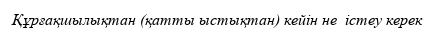
Құрғақшылықтан (қатты ыстықтан) кейін не  істеу керек